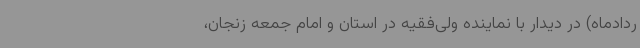
ردادماه) در دیدار با نماینده ولی‌فقیه در استان و امام جمعه زنجان،